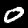
Label: 0